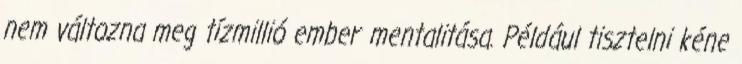
nem változna meg tízmillió ember mentalitása. Például tisztelni kéne